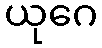
ယုဂေ